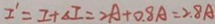
I ^ { \prime } = I + \Delta I = 2 A + 0 . 8 A = 2 . 8 A